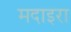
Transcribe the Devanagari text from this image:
मदाइरा